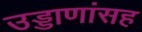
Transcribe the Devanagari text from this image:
उड्डाणांसह